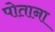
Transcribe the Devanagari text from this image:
पोताना